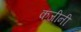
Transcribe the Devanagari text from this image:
कजीनी